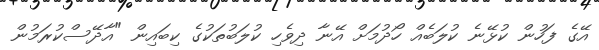
އޭގެ ފަހުން ކުޅޭނެ ކުލަބެއް ހޯދުމަށް އޭނާ ދިވެހި ކުލަބުތަކުގެ ކިބައިން "އާދޭސްކުރަމުން